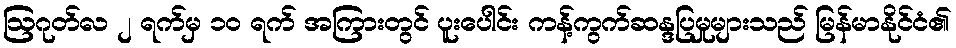
ဩဂုတ်လ ၂ ရက်မှ ၁၀ ရက် အကြားတွင် ပူးပေါင်း ကန့်ကွက်ဆန္ဒပြမှုများသည် မြန်မာနိုင်ငံ၏